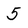
Character: 5